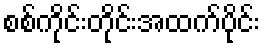
စစ်ကိုင်းတိုင်းအထက်ပိုင်း